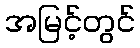
အမြင့်တွင်